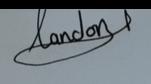
Signature authenticity: genuine